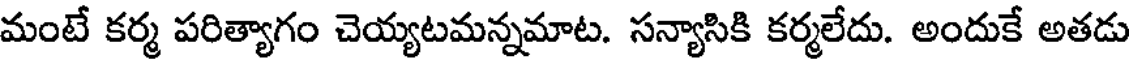
మంటే కర్మ పరిత్యాగం చెయ్యటమన్నమాట. సన్యాసికి కర్మలేదు. అందుకే అతడు